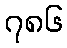
၇၈၆